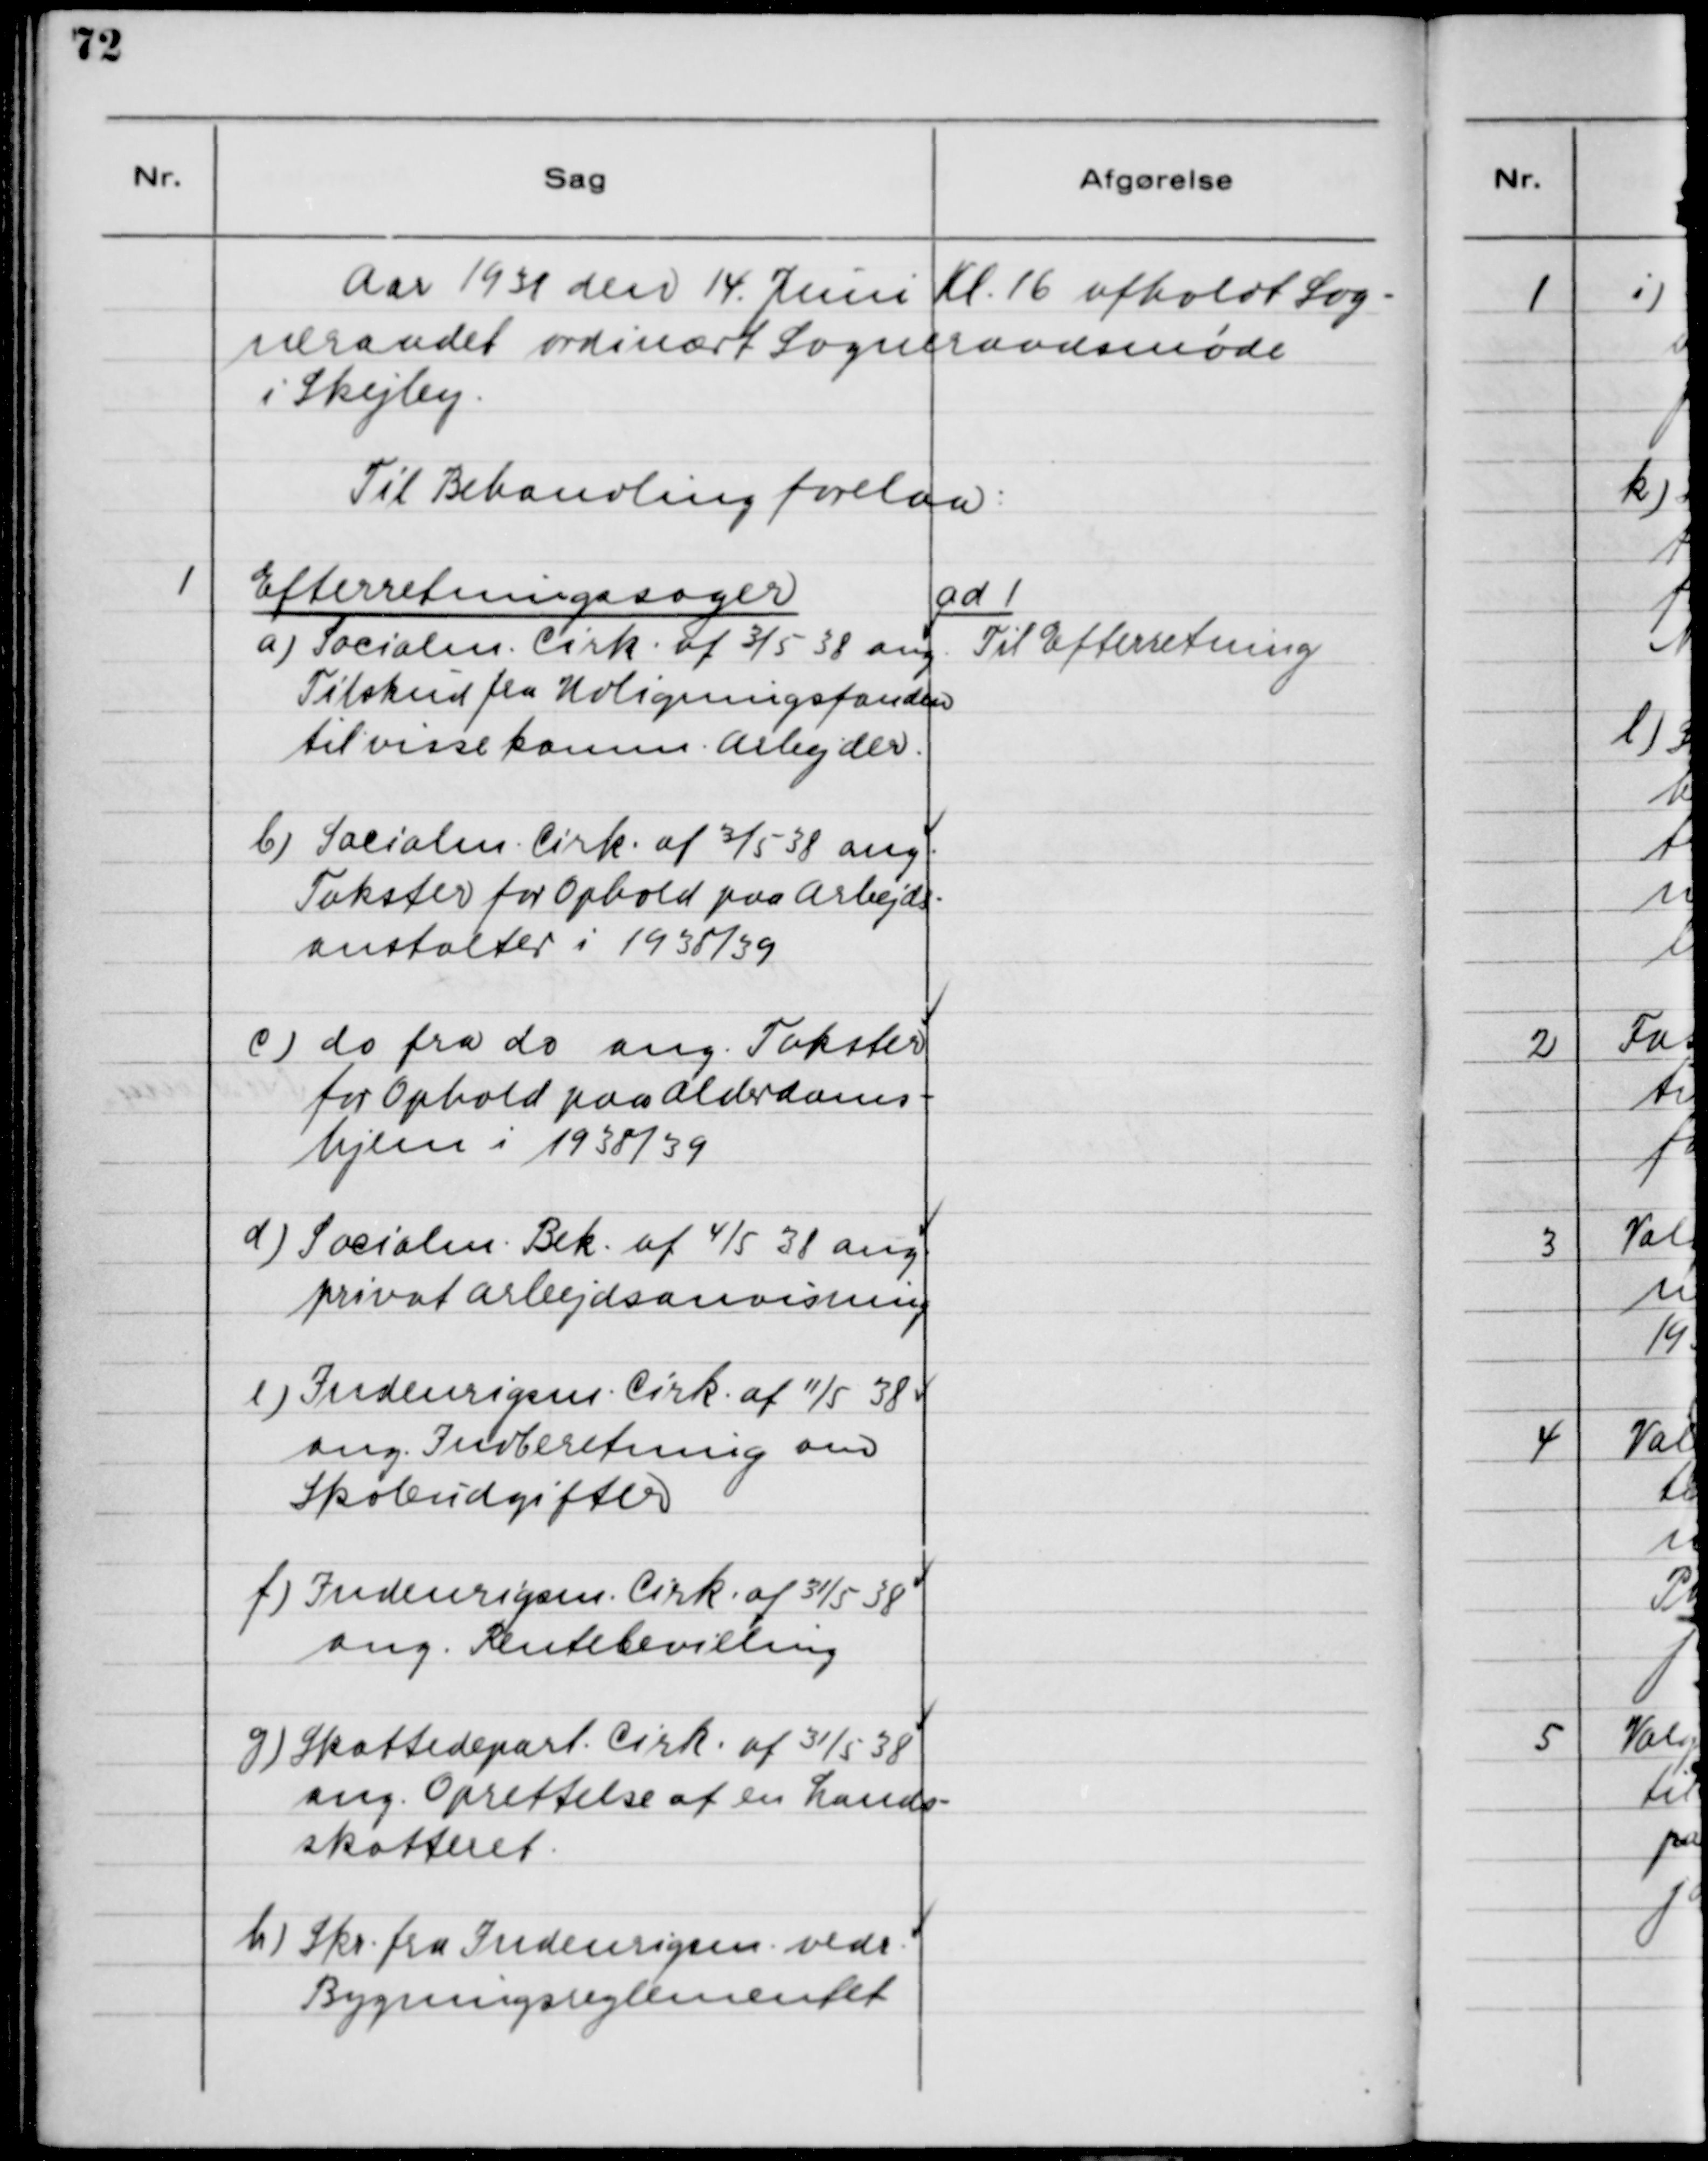
Transskription:
Aar 1938 den 14. Juni Kl. 16 afholdt Sog-
neraadet ordinært Sogneraadsmøde
i Skejby.
Til Behandling forelaa:

1. Efterretningssager.
a) Socialm. Cirk. af 3/5 38 ang.
Tilskud fra Udligningsfonden
til visse komm. Arbejder.
b) Socialm. Cirk. af 3/5 38 ang.
Takster for Ophold paa Arbejds-
anstalter i 1938/39.
c)do fra do ang. Takster
for Ophold paa Alderdoms-
hjem i 1938/39.
d) Socialm. Bek. af 4/5 38 ang.
privat Arbejdsanvisning.
e) Indenrigsm. Cirk. af 11/5 38
ang. Indberetning om
Skoleudgifter.
f) Indenrigsm. Cirk. af 31/5 38
ang. Rentebevilling.
g) Skattedepart. Cirk. af 31/5 38
ang. Oprettelse af en Lands-
skatteret.
h) Skr. fra Indenrigsm. vedr.
Bygningsreglementet.

ad 1.
Til Efterretning.